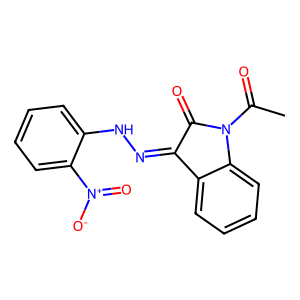
SMILES: CC(=O)N1C(=O)C(=NNc2ccccc2[N+](=O)[O-])c2ccccc21
Inhibits HIV replication: No